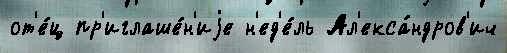
от'е́ц пр'иглаше́н'иjе н'ед'е́ль Ал'екса́ндров'ич